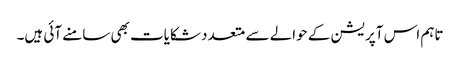
تاہم اس آپریشن کے حوالے سے متعدد شکایات بھی سامنے آئی ہیں۔